Report of the King Institute of Preventive Medicine, Guindy
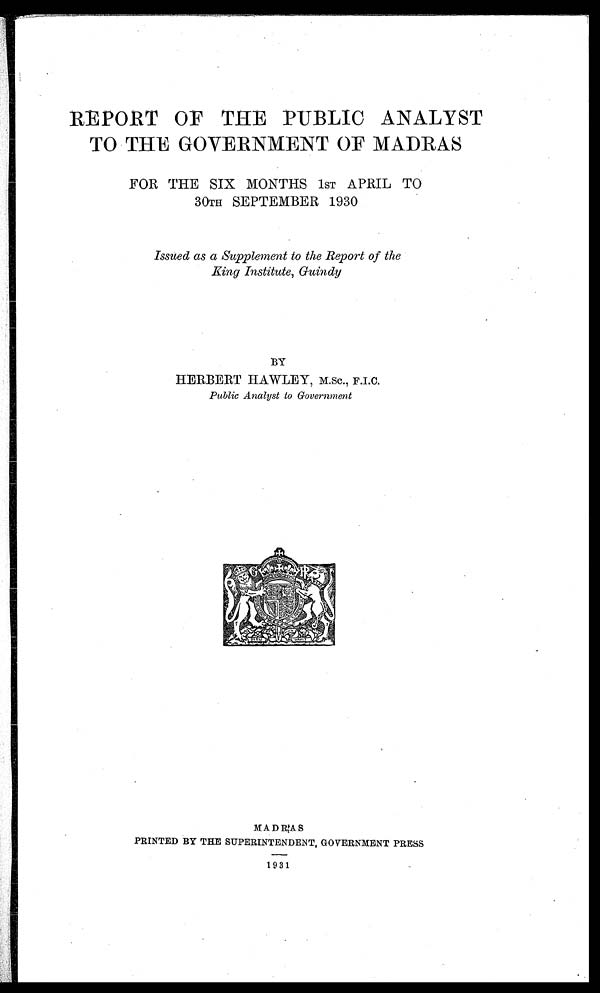
REPORT OF THE PUBLIC ANALYST
TO THE GOVERNMENT OF MADRAS
FOR THE SIX MONTHS 1ST APRIL TO
30TH SEPTEMBER 1930
Issued as a Supplement to the Report of the
King Institute, Guindy
BY
HERBERT HAWLEY, M.Sc., F.I.C.
Public Analyst to Government
MADRAS
PRINTED BY THE SUPERINTENDENT, GOVERNMENT PRESS
1931